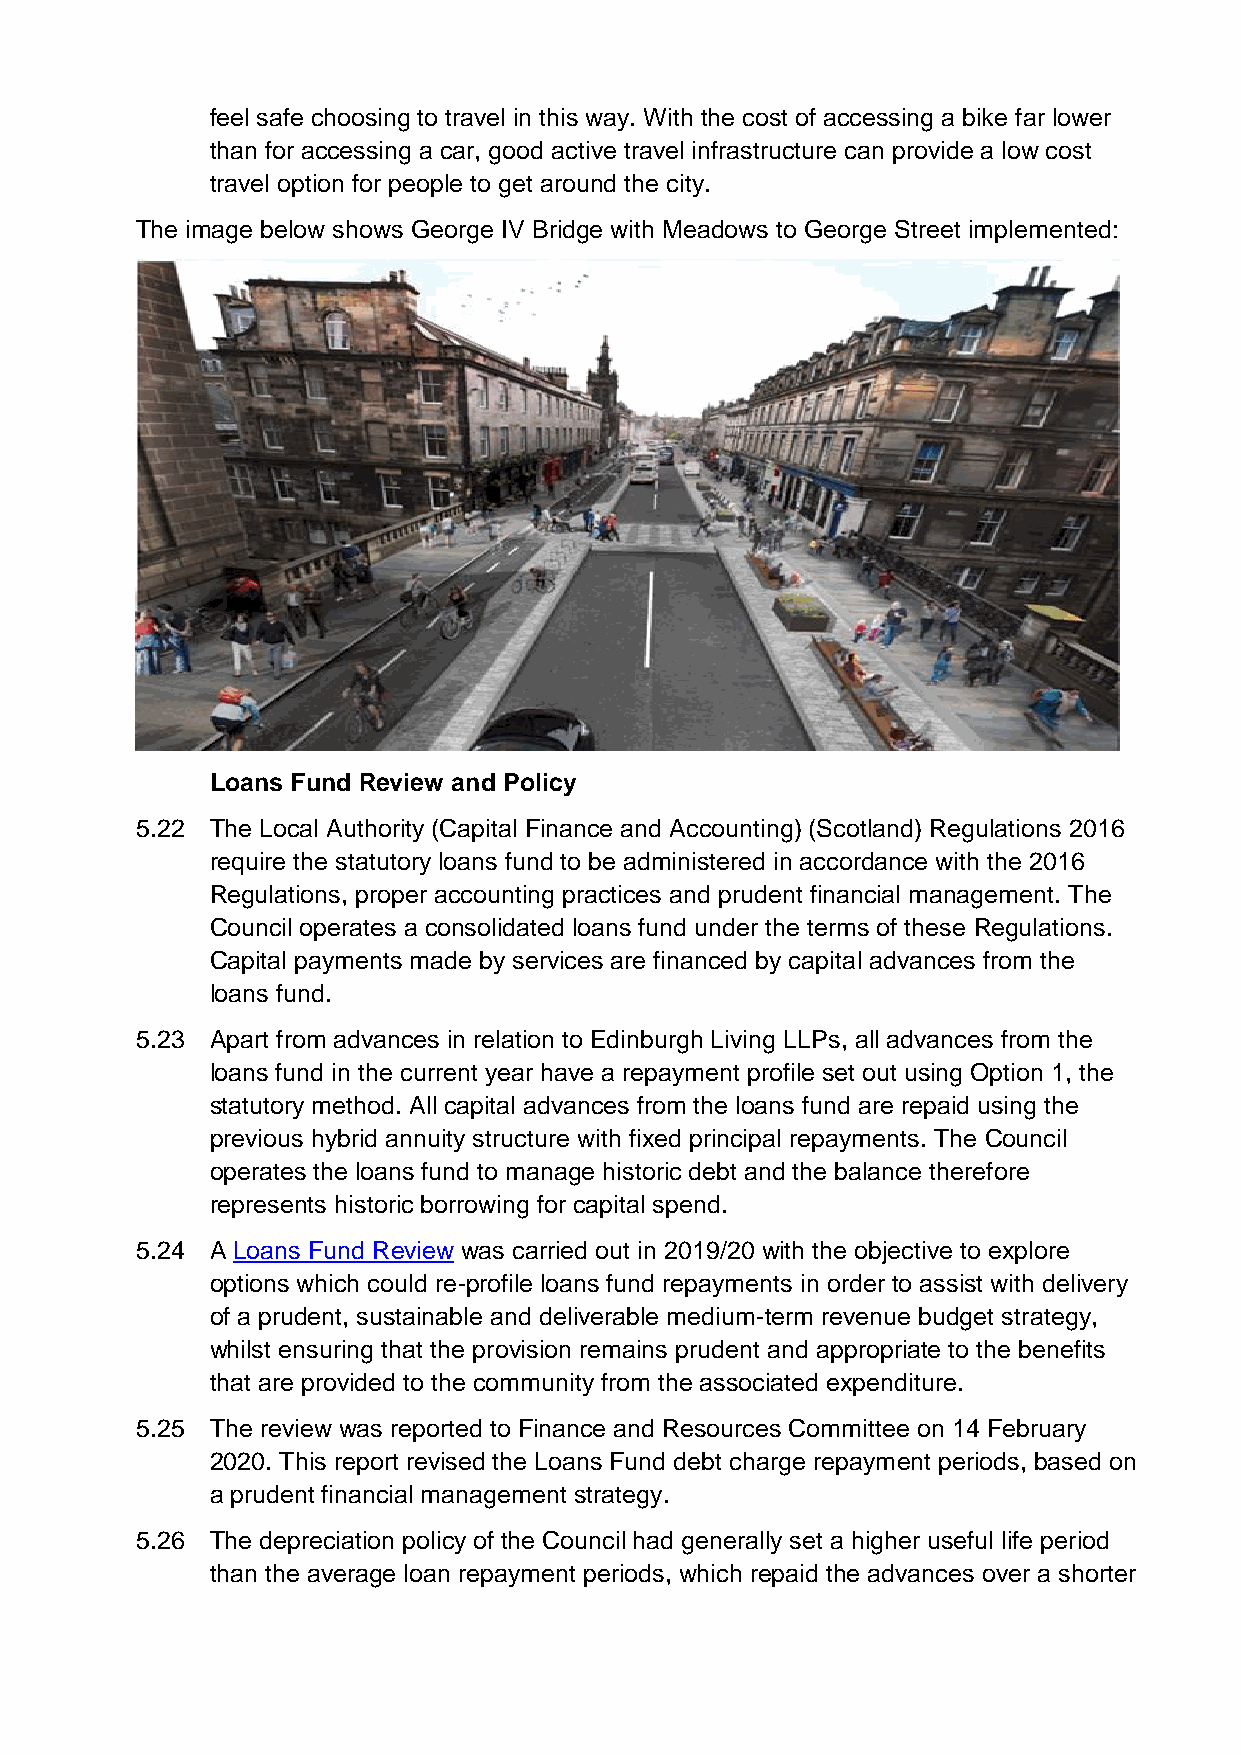
feel safe choosing to travel in this way. With the cost of accessing a bike far lower
 than for accessing a car, good active travel infrastructure can provide a low cost
 travel option for people to get around the city.
 The image below shows George IV Bridge with Meadows to George Street implemented:
 Loans Fund Review and Policy
 5.22 The Local Authority (Capital Finance and Accounting) (Scotland) Regulations 2016
 require the statutory loans fund to be administered in accordance with the 2016
 Regulations, proper accounting practices and prudent financial management. The
 Council operates a consolidated loans fund under the terms of these Regulations.
 Capital payments made by services are financed by capital advances from the
 loans fund.
 5.23 Apart from advances in relation to Edinburgh Living LLPs, all advances from the
 loans fund in the current year have a repayment profile set out using Option 1, the
 statutory method. All capital advances from the loans fund are repaid using the
 previous hybrid annuity structure with fixed principal repayments. The Council
 operates the loans fund to manage historic debt and the balance therefore
 represents historic borrowing for capital spend.
 5.24 A Loans Fund Review was carried out in 2019/20 with the objective to explore
 options which could re-profile loans fund repayments in order to assist with delivery
 of a prudent, sustainable and deliverable medium-term revenue budget strategy,
 whilst ensuring that the provision remains prudent and appropriate to the benefits
 that are provided to the community from the associated expenditure.
 5.25 The review was reported to Finance and Resources Committee on 14 February
 2020. This report revised the Loans Fund debt charge repayment periods, based on
 a prudent financial management strategy.
 5.26 The depreciation policy of the Council had generally set a higher useful life period
 than the average loan repayment periods, which repaid the advances over a shorter